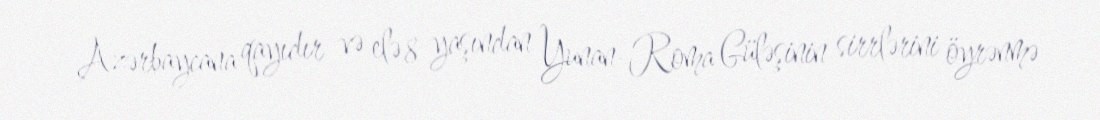
Azərbaycana qayıdır və elə 8 yaşından Yunan-Roma Güləşinin sirrlərini öyrənmə